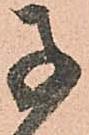
子